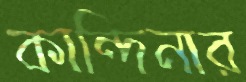
কান্দিনার